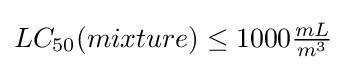
LC_{50}(mixture)\leq 1000{\tfrac {mL}{m^{3}}}